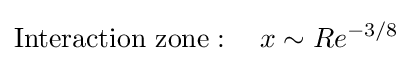
{\text{Interaction zone}}:\quad x\sim Re^{-3/8}